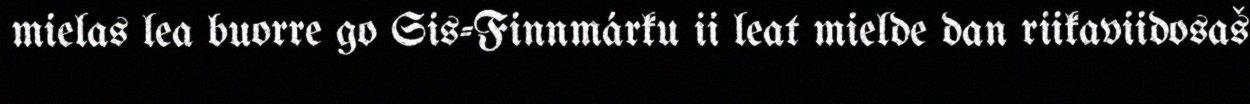
mielas lea buorre go Sis-Finnmárku ii leat mielde dan riikaviidosaš